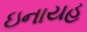
ઇનાયહ